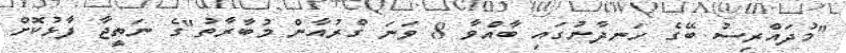
"މުދައްރިސު ބޭގެ ހަނދާނުގައި ބާއްވާ 8 ވަނަ ގްރުއާން މުބާރާތު"ގެ ނަތީޖާ ފާޅުކޮށް